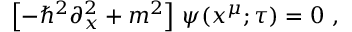
\left[ - \hbar ^ { 2 } \partial _ { x } ^ { 2 } + m ^ { 2 } \right] \, \psi ( x ^ { \mu } ; \tau ) = 0 \ ,